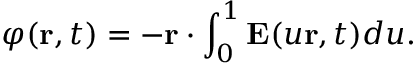
\varphi ( \mathbf { r } , t ) = - \mathbf { r } \cdot \int _ { 0 } ^ { 1 } \mathbf { E } ( u \mathbf { r } , t ) d u .